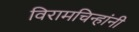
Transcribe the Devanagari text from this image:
विरामचिन्हांनी